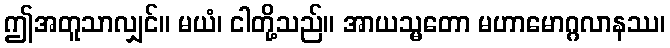
ဤအတူသာလျှင်။ မယံ၊ ငါတို့သည်။ အာယသ္မတော မဟာမောဂ္ဂလာနဿ၊